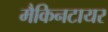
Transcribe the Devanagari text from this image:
मैकिनटायर